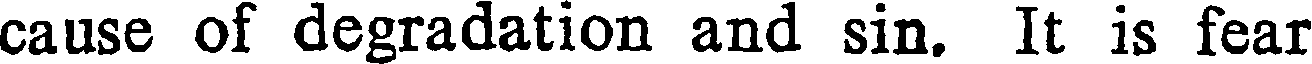
cause of degradation and sin. It is fear